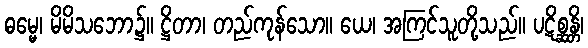
ဓမ္မေ၊ မိမိသဘော၌။ ဋ္ဌိတာ၊ တည်ကုန်သော။ ယေ၊ အကြင်သူတို့သည်။ ပဋိစ္ဆန္တိ၊